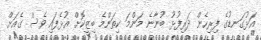
އަޅުގަނޑުގެ ފިރިހެން ދަރިފުޅު ބުނާނެ މަންމަ ކިތަންމެ ބިޒީކޮށް އުޅެފައި ވެސް ގެއަށް